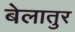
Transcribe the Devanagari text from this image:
बेलातुर